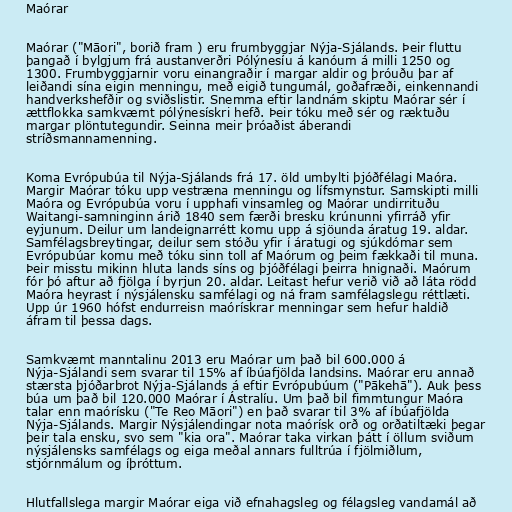
Maórar

Maórar ("Māori", borið fram ) eru frumbyggjar Nýja-Sjálands. Þeir fluttu
þangað í bylgjum frá austanverðri Pólýnesíu á kanóum á milli 1250 og
1300. Frumbyggjarnir voru einangraðir í margar aldir og þróuðu þar af
leiðandi sína eigin menningu, með eigið tungumál, goðafræði, einkennandi
handverkshefðir og sviðslistir. Snemma eftir landnám skiptu Maórar sér í
ættflokka samkvæmt pólýnesískri hefð. Þeir tóku með sér og ræktuðu
margar plöntutegundir. Seinna meir þróaðist áberandi
stríðsmannamenning.

Koma Evrópubúa til Nýja-Sjálands frá 17. öld umbylti þjóðfélagi Maóra.
Margir Maórar tóku upp vestræna menningu og lífsmynstur. Samskipti milli
Maóra og Evrópubúa voru í upphafi vinsamleg og Maórar undirrituðu
Waitangi-samninginn árið 1840 sem færði bresku krúnunni yfirráð yfir
eyjunum. Deilur um landeignarrétt komu upp á sjöunda áratug 19. aldar.
Samfélagsbreytingar, deilur sem stóðu yfir í áratugi og sjúkdómar sem
Evrópubúar komu með tóku sinn toll af Maórum og þeim fækkaði til muna.
Þeir misstu mikinn hluta lands síns og þjóðfélagi þeirra hnignaði. Maórum
fór þó aftur að fjölga í byrjun 20. aldar. Leitast hefur verið við að láta rödd
Maóra heyrast í nýsjálensku samfélagi og ná fram samfélagslegu réttlæti.
Upp úr 1960 hófst endurreisn maórískrar menningar sem hefur haldið
áfram til þessa dags.

Samkvæmt manntalinu 2013 eru Maórar um það bil 600.000 á
Nýja-Sjálandi sem svarar til 15% af íbúafjölda landsins. Maórar eru annað
stærsta þjóðarbrot Nýja-Sjálands á eftir Evrópubúum ("Pākehā"). Auk þess
búa um það bil 120.000 Maórar í Ástralíu. Um það bil fimmtungur Maóra
talar enn maórísku ("Te Reo Māori") en það svarar til 3% af íbúafjölda
Nýja-Sjálands. Margir Nýsjálendingar nota maórísk orð og orðatiltæki þegar
þeir tala ensku, svo sem "kia ora". Maórar taka virkan þátt í öllum sviðum
nýsjálensks samfélags og eiga meðal annars fulltrúa í fjölmiðlum,
stjórnmálum og íþróttum.

Hlutfallslega margir Maórar eiga við efnahagsleg og félagsleg vandamál að